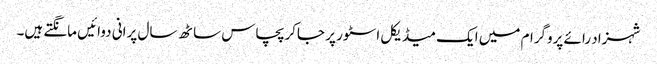
شہزاد رائے پروگرام میں ایک میڈیکل اسٹور پر جاکر پچاس ساٹھ سال پرانی دوائیں مانگتے ہیں۔